Calcutta medical institutions reports 1871-78
Year: 1871
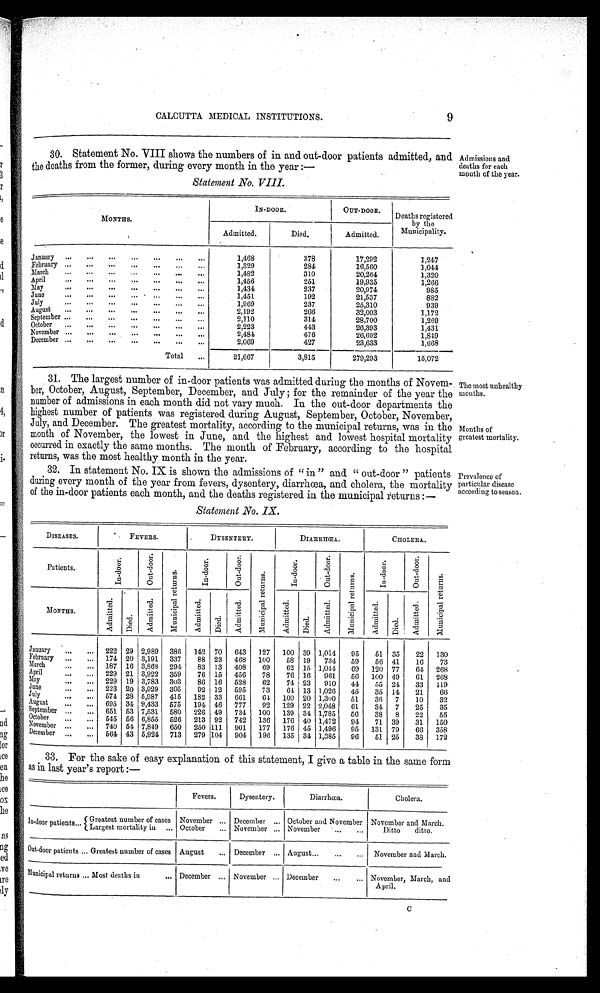
CALCUTTA MEDICAL INSTITUTIONS.
9
30. Statement No. VIII shows the numbers of in and out-door patients admitted, and
the deaths from the former, during every month in the year :—
Admissions and
deaths for each
mouth of the year.
Statement No. VIII.
MONTHS.
IN-DOOR.
OUT-DOOR.
Deaths registered
by the
Municipality.
Admitted.
Died.
Admitted.
January
1,468
378
17,292
1,247
February
1,329
284
16,560
1,044
March
1,482
310
20,264
1,320
April
1,456
251
19,935
1,266
May
1, 434
237
20,974
985
June
1,451
192
21,537
882
July
1,969
237
25,310
939
August
•
2,192
266
32,003
1,172
September
2,110
314
28,700
1,269
October
2,223
443
26,393
1,431
November
2, 484
476
26,692
1,849
December
2,069
427
23,633
1,668
Total
21,667
3,815
279,29
15,072
31. The largest number of in-door patients was admitted during the months of Novem
-
ber, October, August, September, December, and July ; for the remainder of the year the
number of admissions in each month did not vary much. In the out-door departments the
highest number of patients was registered during August, September, October, November,
July, and December. The greatest mortality, according to the municipal returns, was in the
month of November, the lowest in June, and the highest and lowest hospital mortality
occurred in exactly the same months. The month of February, according to the hospital
returns, was the most healthy month in the year.
32. In statement No. IX is shown the admissions of "in" and "out-door" patients
during every month of the year from fevers, dysentery, diarrhœa, and cholera, the mortality
of the in-door patients each month, and the deaths registered in the municipal returns :—
The most unhealthy
months.
Months of
greatest mortality.
Prevalence of
particular disease
according to season.
Statement No. IX.
DISEASES.
FEVERS.
DYSENTERY.
DIARRHŒA.
CHOLERA.
Patients.
I n - d o o r .
Out -door.
M u n i c i p a l r e t u r n s .
I n - d o o r .
o u t - d o o r .
M u n i c i p a l r e t u r n s .
I n - d o o r .
O u t - d o o r .
M u n i c i p a l r e t u r n s .
I n - d o o r .
O u t - d o o r .
M u n i c i p a l r e t u r n s .
MONTHS.
A d m i t t e d .
D i e d .
A d m i t t e d .
A d m i t t e d .
Died.
A d m i t t e d .
A d m i t t e d . Died.
A d m i t t e d .
A d m i t t e d . Died.
A d m i t t e d .
January
222 29 2,989 386
142 70
643
127
100 39 1,014
95
51 35
22
130
February
171 20 3,191 337
88 23
468
100
58 19
734
59
56 41
16
73
March
187 16 3,868 294
83 13
408
69
62 15 1,044
69
120 77
64 268
April
229 21 3,922 359
76 15
456
78
76 16
961
56
100 49
61
268
May
229 19 3,783 303
86 16
528
62
74 23
910
44
55 24
33
119
June
223 20 3,929 305
92 12
595
73
64 13 1,026
45
35 14
21
66
Jul y
574 28 5,987 415
182 33
661
64 100 20 1,300
51
36
7
10
32
August
695 34 9,433 575
194 46
777
92
129 22 2,048
61
34 7
25
35
September
651 53 7,531 580
226 49
734 100
139 34 1,785
5 6 38
8
22
55
October
545 56 6,855 526
213 92
742
136
176 40 1,472
94
71 39
31
150
November
740 54 7,849 650
250 111
901
177
176 45 1,496
95
131 79
66
358
December
564 43 5,924 713
279 104
904 196
135 34 1,385
96
51 25
38
172
33. For the sake of easy explanation of this statement, I give a table in the same form
as in last year's report :—
Fevers.
Dysentery.
Diarrhœa.
Cholera.
In-door patients
Greatest number of cases November
December
October and November November and March.
Largest mortality in
October
November
November
Ditto ditto.
Outdoor patients
Greatest number of cases August
December
August
November and March.
Municipal returns
Most deaths in
December
November
December
November, March, and
April.